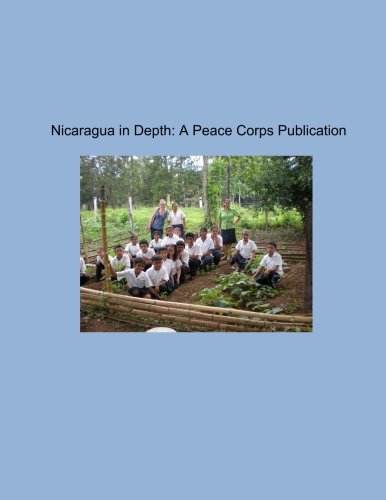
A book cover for Nicaragua in Depth: A Peace Corps Publication; Peace Corps; Travel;